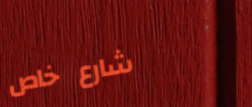
شارع خاص